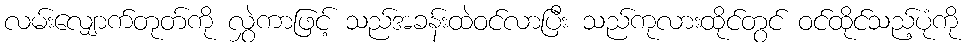
လမ်းလျှောက်တုတ်ကို လွှဲကာဖြင့် သည်အခန်းထဲဝင်လာပြီး သည်ကုလားထိုင်တွင် ဝင်ထိုင်သည့်ပုံကို